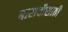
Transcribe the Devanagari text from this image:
बारावीसाठी